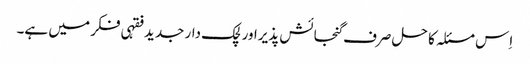
اِس مسئلہ کا حل صرف گنجائش پذیراور لچک دار جدید فقہی فکر میں ہے۔